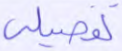
تفصيلي